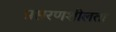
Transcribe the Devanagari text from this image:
प्रसरणशीलता